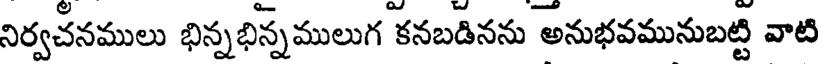
నిర్వచనములు భిన్నభిన్నములుగ కనబడినను అనుభవమునుబట్టి వాటి